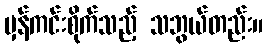
မှန်ကင်းစိုက်သည့် သဘွယ်တည်း။